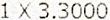
1 X 3.3000